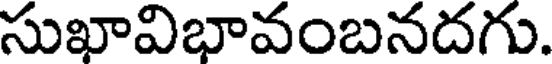
సుఖావిభావంబనదగు.